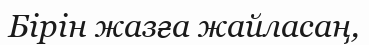
Бірін жазға жайласаң,